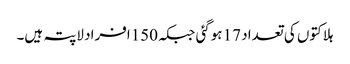
ہلاکتوں کی تعداد 17 ہوگئی جبکہ150افراد لاپتہ ہیں۔